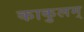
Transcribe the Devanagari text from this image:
काकुलम्